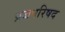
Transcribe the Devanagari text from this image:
प्रजपरिषद